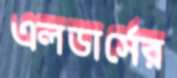
এলডার্সের